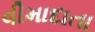
વીમાદાતા